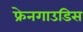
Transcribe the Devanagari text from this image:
फ्रेनगाउडिस